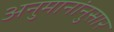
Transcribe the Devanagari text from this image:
अनुमानांनुसार